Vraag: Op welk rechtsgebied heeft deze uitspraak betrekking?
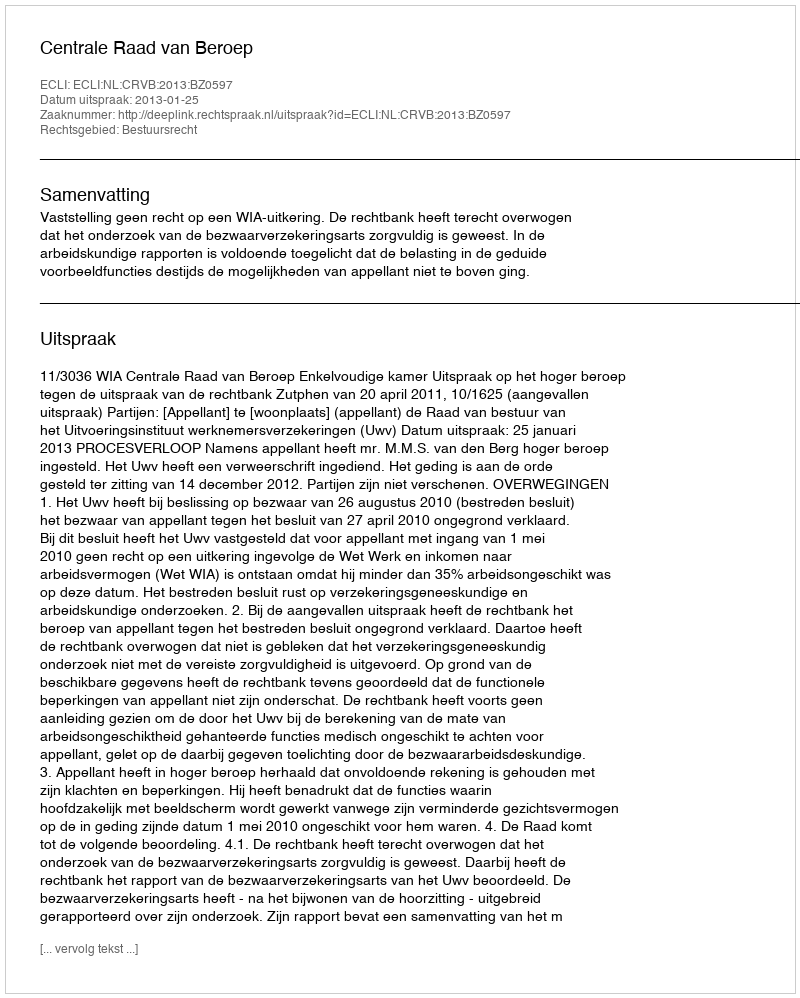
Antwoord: Bestuursrecht